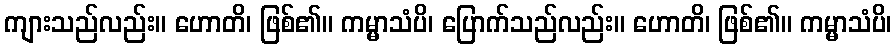
ကျားသည်လည်း။ ဟောတိ၊ ဖြစ်၏။ ကမ္မာသံပိ၊ ပြောက်သည်လည်း။ ဟောတိ၊ ဖြစ်၏။ ကမ္မာသံပိ၊